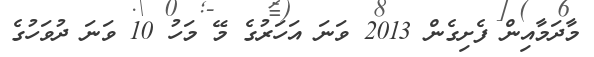
މާދަމާއިން ފެށިގެން 2013 ވަނަ އަހަރުގެ މޭ މަހު 10 ވަނަ ދުވަހުގެ